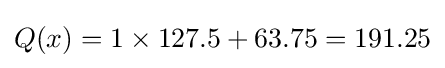
Q(x)=1\times 127.5+63.75=191.25